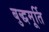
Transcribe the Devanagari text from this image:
बुद्धमूर्ति